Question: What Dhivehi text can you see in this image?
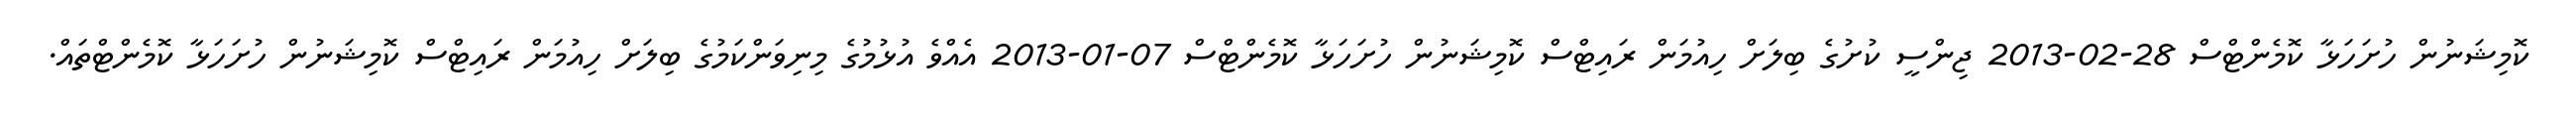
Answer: ކޮމިޝަނުން ހުށަހަޅާ ކޮމެންޓްސް 28-02-2013 ޖިންސީ ކުށުގެ ބިލަށް ހިއުމަން ރައިޓްސް ކޮމިޝަނުން ހުށަހަޅާ ކޮމެންޓްސް 07-01-2013 އެއްވެ އުޅުމުގެ މިނިވަންކަމުގެ ބިލަށް ހިއުމަން ރައިޓްސް ކޮމިޝަނުން ހުށަހަޅާ ކޮމެންޓްތައް.